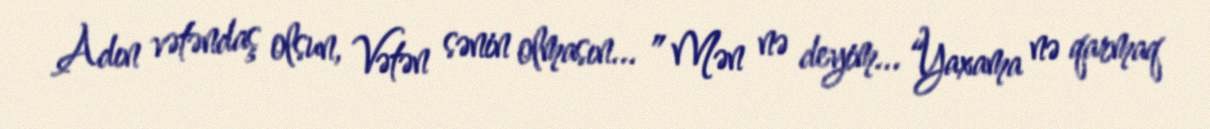
Adın vətəndaş olsun, Vətən sənin olmasın... ” Mən nə deyim... “Yaxama nə qarmaq